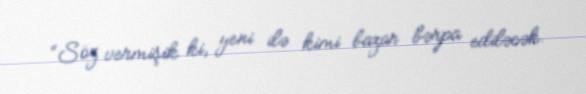
“Söz vermişik ki, yeni ilə kimi bazar bərpa ediləcək.